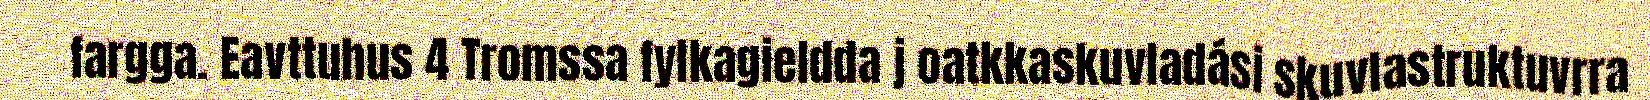
fargga. Eavttuhus 4 Tromssa fylkagieldda j oatkkaskuvladási skuvlastruktuvrra